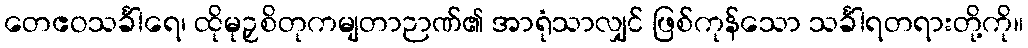
တေဧဝသင်္ခါရေ၊ ထိုမုဉှစိတုကမျတာဉာဏ်၏ အာရုံသာလျှင် ဖြစ်ကုန်သော သင်္ခါရတရားတို့ကို။